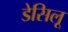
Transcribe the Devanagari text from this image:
डेसिलू